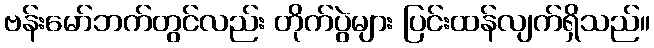
ဗန်းမော်ဘက်တွင်လည်း တိုက်ပွဲများ ပြင်းထန်လျက်ရှိသည်။